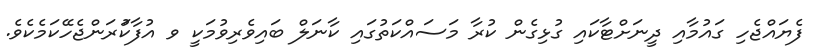
ފެޔައްޖެހި ގައުމާއި ދީނަށްޓާކައި ގުޅިގެން ކުރާ މަސައްކަތުގައި ކާނަލް ބައިވެރިވުމަކީ ވ އުފާކަުރަންޖެހޭކަމެކެވެ.